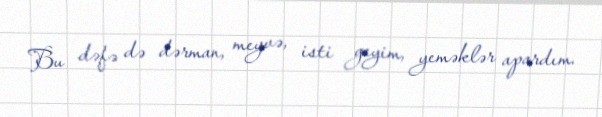
Bu dəfə də dərman, meyvə, isti geyim, yeməklər apardım.